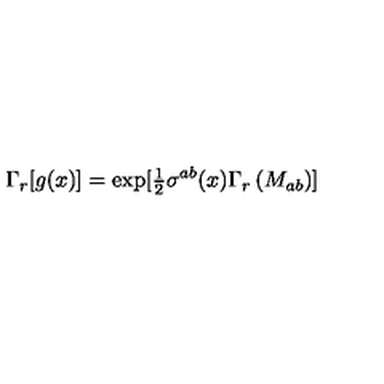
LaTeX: \Gamma _ { r } [ g ( x ) ] = \mathrm { e x p } [ { \textstyle \frac { 1 } { 2 } } \sigma ^ { a b } ( x ) \Gamma _ { r } \left( M _ { a b } \right) ]